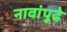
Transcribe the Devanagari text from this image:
नावांपुढे